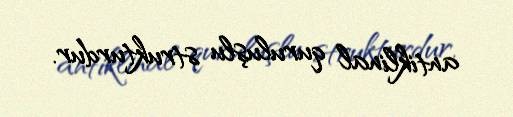
antiklinal quruluşlu strukturdur.